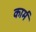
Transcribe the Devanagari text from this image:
कार्म